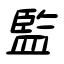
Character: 監